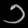
Digit: ၁